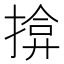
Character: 揜